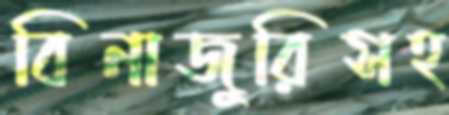
বিনাজুরিসহ